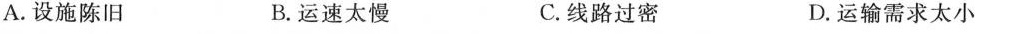
A.设施陈旧 B.运速太慢 C.线路过密 D.运输需求太小